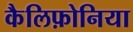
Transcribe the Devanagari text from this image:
कैलिफ़ोनिया